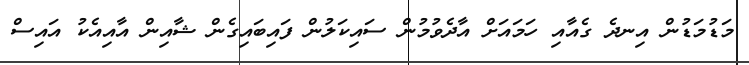
މަޑުމަޑުން އިނދެ ގެއާއި ހަމައަށް އާދެވުމުން ސައިކަލުން ފައިބައިގެން ޝާއިން އާއިއެކު އައިސް